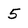
Character: 5